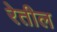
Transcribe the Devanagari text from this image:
रेतील